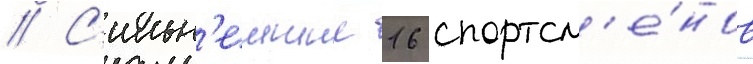
// С'ильн'еишие 16 спортсм'е́нов